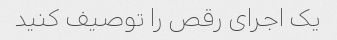
یک اجرای رقص را توصیف کنید